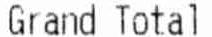
GRAND TOTAL